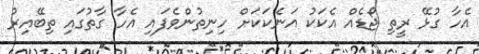
އެހާ ގުޅޭ ރީތި ޖޯޑެއް އެކަކު އަނެކަކަށް ހިނިތުންވެފައި އެހާ ގާތުގައި ތިބޭއިރު